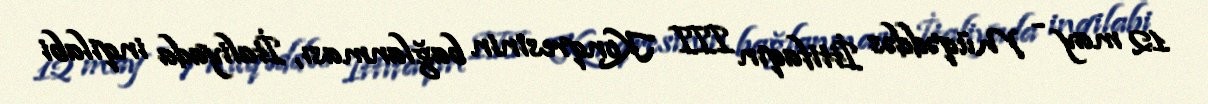
12 may - Müqəddəs İttifaqın III Konqresinin bağlanması, İtaliyada inqilabi